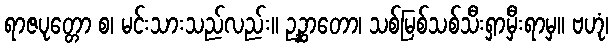
ရာဇပုတ္တော စ၊ မင်းသားသည်လည်း။ ဥဉ္ဆာတော၊ သစ်မြစ်သစ်သီးရှာမှီးရာမှ။ ဗဟုံ၊